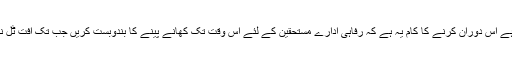
جو ہورہا ہے اس دوران کرنے کا کام یہ ہے کہ رفاہی ادارے مستحقین کے لئے اس وقت تک کھانے پینے کا بندوبست کریں جب تک آفت ٹل نہیں جاتی ۔